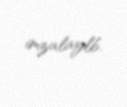
imzalaylb.